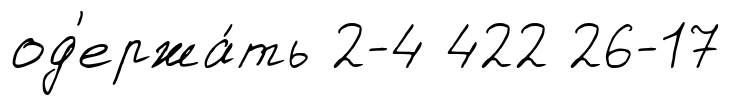
од'ержа́ть 2-4 422 26-17